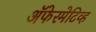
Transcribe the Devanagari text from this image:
ॲफेरमेटिव्ह